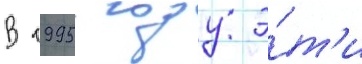
В 1995 году э́т'и